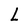
Character: l